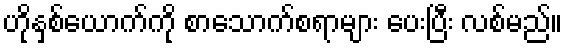
ဟိုနှစ်ယောက်ကို စာသောက်စရာများ ပေးပြီး လစ်မည်။